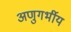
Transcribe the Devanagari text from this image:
अणुगर्भीय